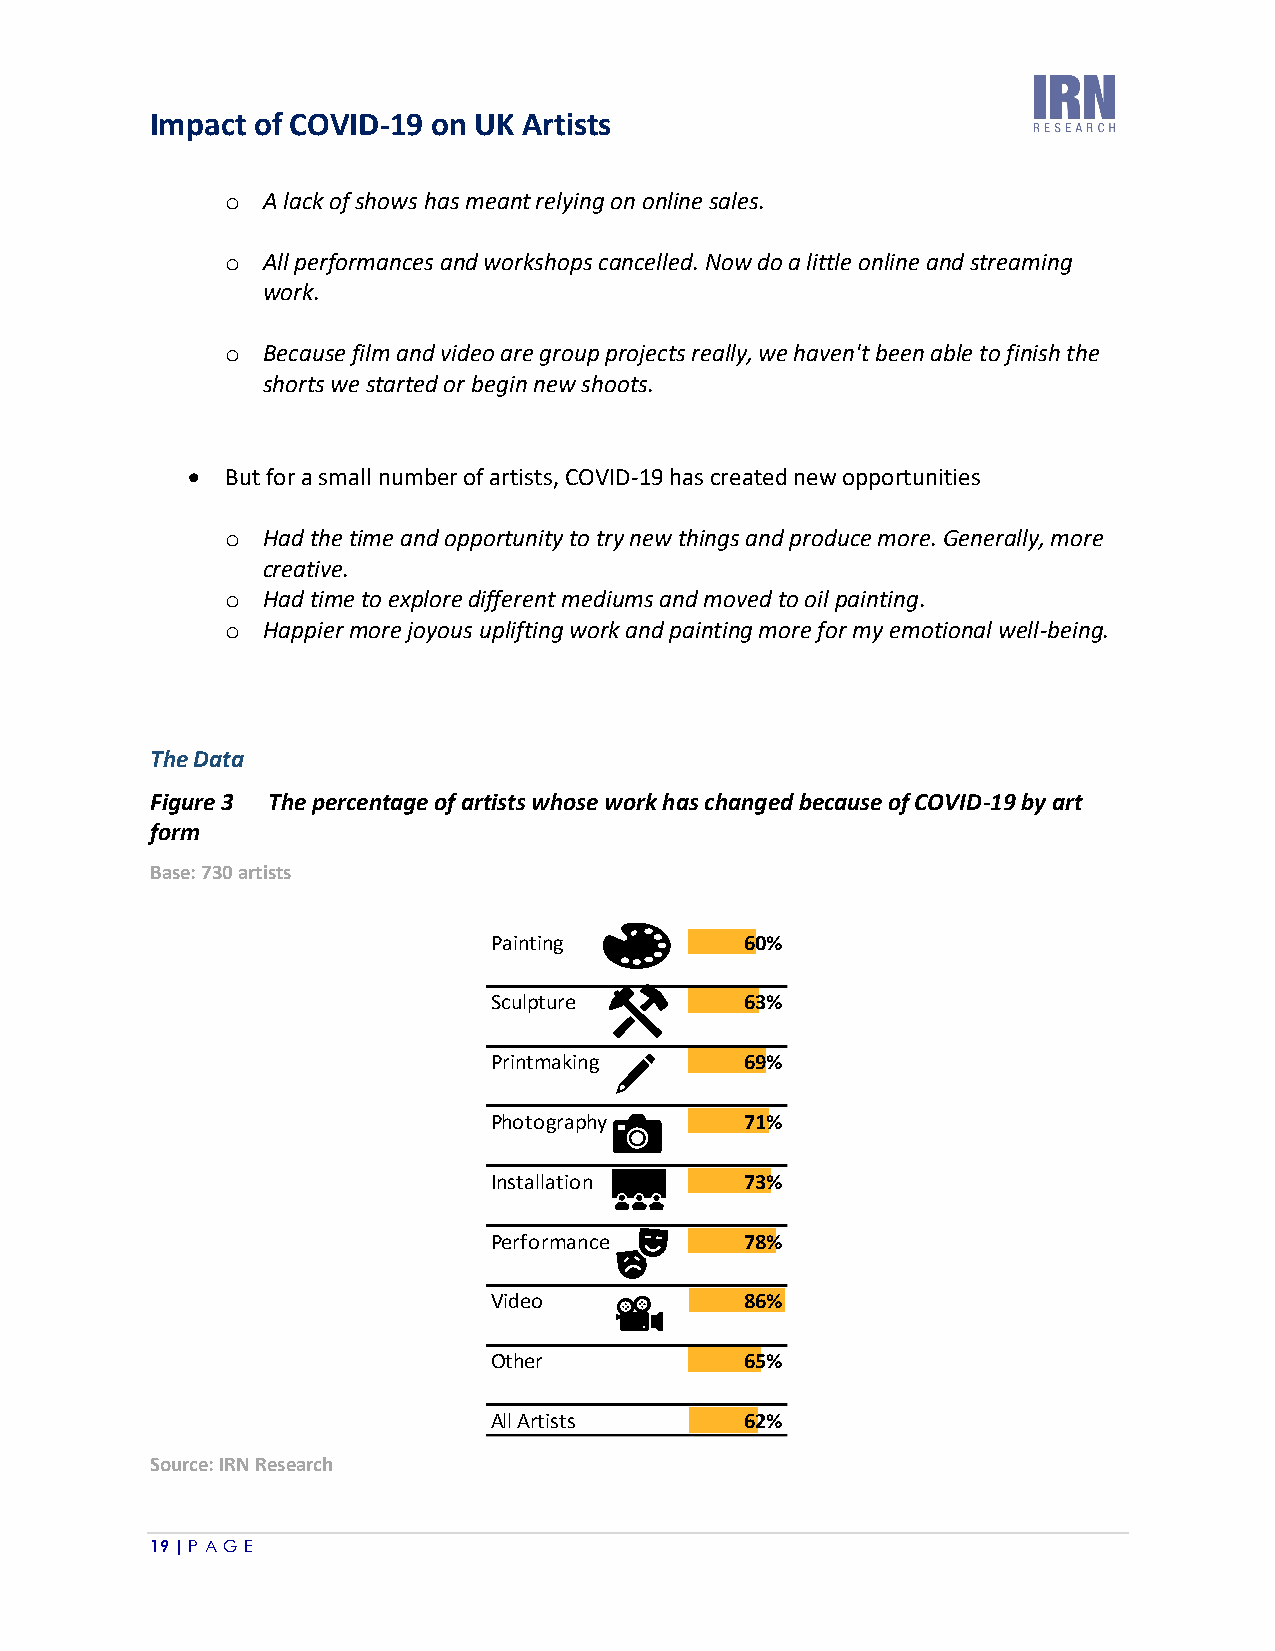
Impact of COVID-19 on UK Artists
 o A lack of shows has meant relying on online sales.
 o All performances and workshops cancelled. Now do a little online and streaming
 work.
 o Because film and video are group projects really, we haven't been able to finish the
 shorts we started or begin new shoots.
 •  But for a small number of artists, COVID-19 has created new opportunities
 o Had the time and opportunity to try new things and produce more. Generally, more
 creative.
 o Had time to explore different mediums and moved to oil painting.
 o Happier more joyous uplifting work and painting more for my emotional well-being.
 The Data
 Figure 3 The percentage of artists whose work has changed because of COVID-19 by art
 form
 Base: 730 artists
 Painting        60%
 Sculpture       63%
 Printmaking     69%
 Photography     71%
 Installation    73%
 Performance     78%
 Video           86%
 Other           65%
 All Artists     62%
 Source: IRN Research
 19 | P A GE